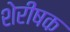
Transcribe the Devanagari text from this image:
शेरीषक